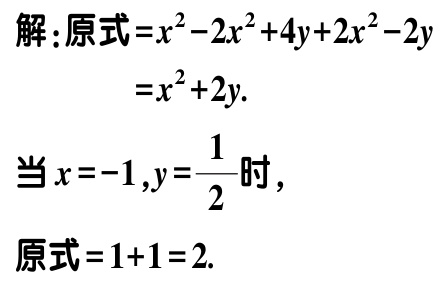
解：原式\(=x^{2}-2x^{2}+4y + 2x^{2}-2y\)

\(=x^{2}+2y.\)

当\(x = - 1,y=\frac{1}{2}\)时，

原式\(=1 + 1=2.\)